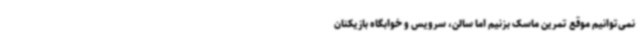
نمی‌توانیم موقع تمرین ماسک بزنیم اما سالن، سرویس و خوابگاه بازیکنان